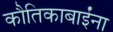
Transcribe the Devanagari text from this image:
कौतिकाबाईंना